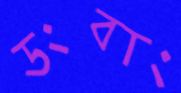
ডংবাং